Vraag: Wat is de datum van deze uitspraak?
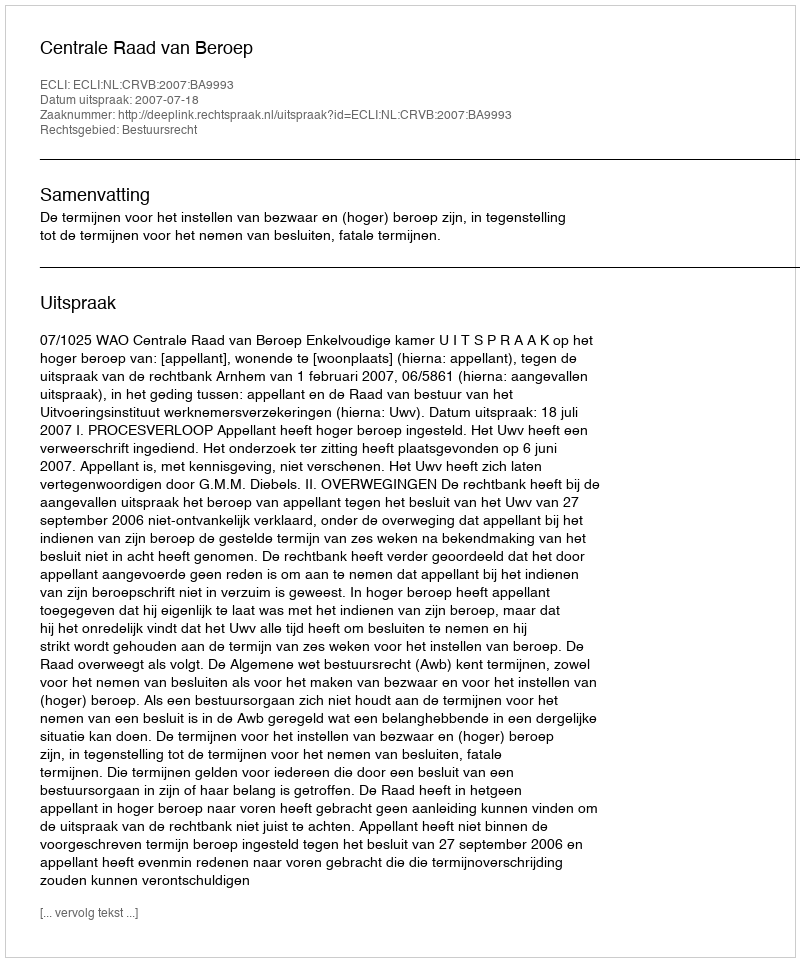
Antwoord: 2007-07-18